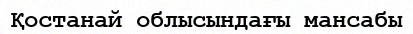
Қостанай облысындағы мансабы